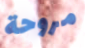
مروحة